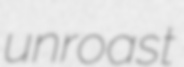
unroast